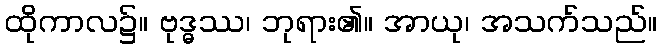
ထိုကာလ၌။ ဗုဒ္ဓဿ၊ ဘုရား၏။ အာယု၊ အသက်သည်။